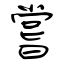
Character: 嘗